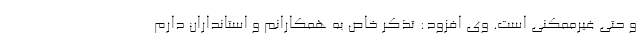
و حتی غیرممکنی است. وی افزود: تذکر خاص به همکارانم و استانداران دارم